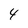
Character: 4